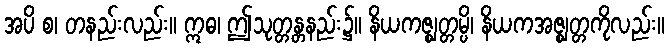
အပိ စ၊ တနည်းလည်း။ ဣဓ၊ ဤသုတ္တန္တနည်း၌။ နိယကဇ္ဈတ္တမ္ပိ၊ နိယကအဇ္ဈတ္တကိုလည်း။